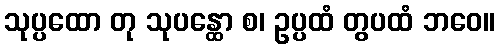
သုပ္ပထော တု သုပန္ထော စ၊ ဥပ္ပထံ တွပထံ ဘဝေ။